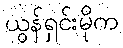
ယွန်ရှင်းမိုက